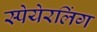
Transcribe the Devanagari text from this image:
स्पेयेरलिंग